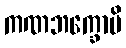
ကဏဘက္ခောပိ